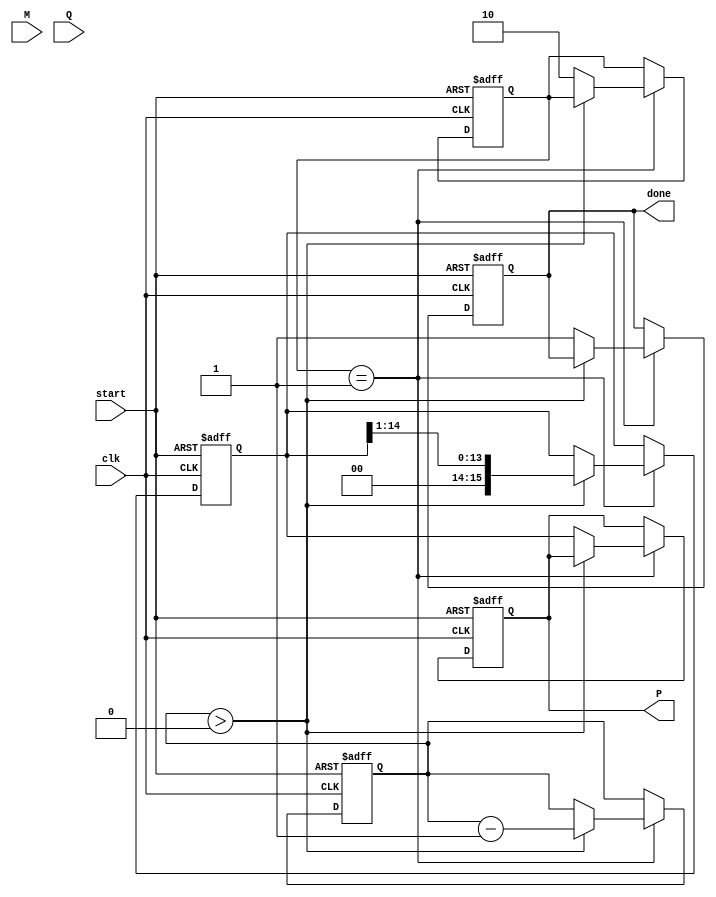
module modified_booth_multiplier #(
    parameter WIDTH = 8 // Bit-width for the multiplicand and multiplier
)(
    input signed [WIDTH-1:0] M, // Multiplicand
    input signed [WIDTH-1:0] Q, // Multiplier
    input clk, // Clock signal
    input start, // Start signal
    output reg signed [2*WIDTH-1:0] P, // Product
    output reg done // Done signal
);

    reg signed [2*WIDTH-1:0] A; // Accumulator
    reg [WIDTH-1:0] Q_reg; // Register for the multiplier
    reg Q_1; // Previous bit of multiplier
    reg [3:0] count; // Counter for the bit-width
    reg [1:0] current_state; // State for FSM

    localparam IDLE = 2'b00;
    localparam COMPUTE = 2'b01;
    localparam DONE = 2'b10;

    // Initial settings
    always @(posedge clk or posedge start) begin
        if (start) begin
            A <= 0;
            Q_reg <= Q;
            Q_1 <= 0;
            count <= WIDTH;
            P <= 0;
            done <= 0;
            current_state <= COMPUTE;
        end
        else begin
            case (current_state)
                COMPUTE: begin
                    if (count > 0) begin
                        case ({Q_reg[0], Q_1})
                            2'b01: A <= A + M; // Add M
                            2'b10: A <= A - M; // Subtract M
                            2'b00: A <= A;     // No action
                            2'b11: A <= A;     // No action
                        endcase
                        
                        // Right shift
                        {A, Q_reg} <= {A[2*WIDTH-2:0], Q_reg[WIDTH-1:1]};
                        Q_1 <= Q_reg[0];
                        count <= count - 1;
                    end
                    else begin
                        P <= A; // Final product
                        done <= 1;
                        current_state <= DONE;
                    end
                end
                DONE: begin
                    // Reset state after done can be implemented here if needed
                end
            endcase
        end
    end

endmodule